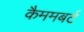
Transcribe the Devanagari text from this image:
कैममबर्ट